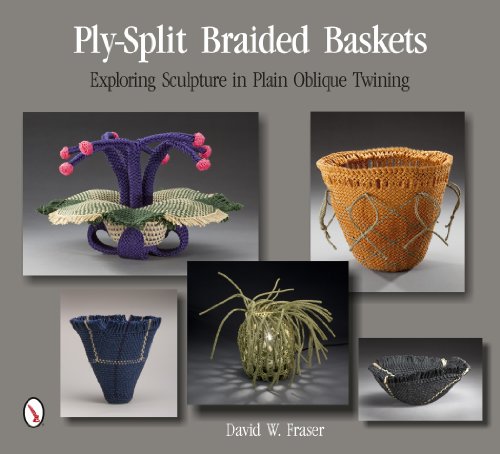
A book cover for Ply-Split Braided Baskets: Exploring Sculpture in Plain Oblique Twining; David W. Fraser; Crafts, Hobbies & Home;